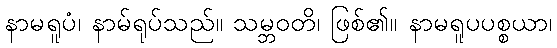
နာမရူပံ၊ နာမ်ရုပ်သည်။ သမ္ဘဝတိ၊ ဖြစ်၏။ နာမရူပပစ္စယာ၊